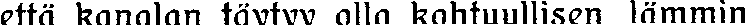
että kanalan täytyy olla kohtuullisen lämmin